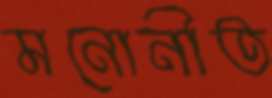
মনোনীত